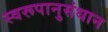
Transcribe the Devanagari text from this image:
स्वरूपानुसंधान